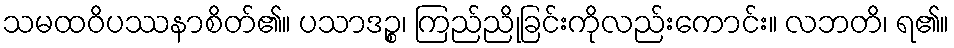
သမထဝိပဿနာစိတ်၏။ ပသာဒဉ္စ၊ ကြည်ညိုခြင်းကိုလည်းကောင်း။ လဘတိ၊ ရ၏။